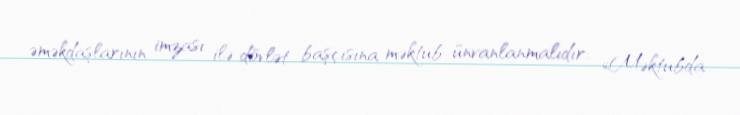
əməkdaşlarının imzası ilə dövlət başçısına məktub ünvanlanmalıdır: «Məktubda